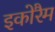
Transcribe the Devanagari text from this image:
इकोरैम